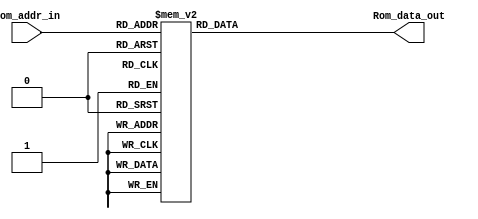
module Program_Rom(
output reg [15:0] Rom_data_out, 
input [3:0]Rom_addr_in
);

//---------

//---------
    
    always @(*)
        begin
            case (Rom_addr_in)
               4'h0 : Rom_data_out = 16'h1234;		// a = 4 b = 1 c = 3 d = 2  out = ad-bc = 5
               4'h1 : Rom_data_out = 16'h2138;    	// a = 8 b = 2 c = 3 d = 1  out = ad-bc = 2
               4'h2 : Rom_data_out = 16'h1256;    	// a = 6 b = 1 c = 5 d = 2  out = ad-bc = 7
               4'h3 : Rom_data_out = 16'h7757;      // a = 7 b = 7 c = 5 d = 7  out = ad-bc = 14
               4'h4 : Rom_data_out = 16'h7758;      // a = 7 b = 7 c = 5 d = 7  out = ad-bc = 14
               4'h5 : Rom_data_out = 16'h7758;      // a = 7 b = 7 c = 5 d = 7  out = ad-bc = 14
               4'h6 : Rom_data_out = 16'h7759;      // a = 7 b = 7 c = 5 d = 7  out = ad-bc = 14
               4'h7 : Rom_data_out = 16'h7758;      // a = 7 b = 7 c = 5 d = 7  out = ad-bc = 14
               4'h8 : Rom_data_out = 16'h7750;      // a = 7 b = 7 c = 5 d = 7  out = ad-bc = 14
                default: Rom_data_out = 16'h0;   
            endcase
        end
endmodule